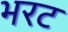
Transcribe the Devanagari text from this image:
भरट